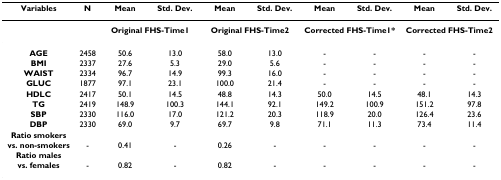
| Variables | N | Mean | Std. Dev. | Mean | Std. Dev. | Mean | Std. Dev. | Mean | Std. Dev. |
 | --- | --- | --- | --- | --- | --- | --- | --- | --- | --- |
 |  |  | <COLSPAN=2> Original FHS-Time1 | <COLSPAN=2> Original FHS-Time2 | <COLSPAN=2> Corrected FHS-Time1* | <COLSPAN=2> Corrected FHS-Time2 |
 | AGE | 2458 | 50.6 | 13.0 | 58.0 | 13.0 | - | - | - | - |
 | BMI | 2337 | 27.6 | 5.3 | 29.0 | 5.6 | - | - | - | - |
 | WAIST | 2334 | 96.7 | 14.9 | 99.3 | 16.0 | - | - | - | - |
 | GLUC | 1877 | 97.1 | 23.1 | 100.0 | 21.4 | - | - | - | - |
 | HDLC | 2417 | 50.1 | 14.5 | 48.8 | 14.3 | 50.0 | 14.5 | 48.1 | 14.3 |
 | TG | 2419 | 148.9 | 100.3 | 144.1 | 92.1 | 149.2 | 100.9 | 151.2 | 97.8 |
 | SBP | 2330 | 116.0 | 17.0 | 121.2 | 20.3 | 118.9 | 20.0 | 126.4 | 23.6 |
 | DBP | 2330 | 69.0 | 9.7 | 69.7 | 9.8 | 71.1 | 11.3 | 73.4 | 11.4 |
 | Ratio smokers |  |  |  |  |  |  |  |  |  |
 | vs. non-smokers | - | 0.41 | - | 0.26 | - | - | - | - | - |
 | Ratio males |  |  |  |  |  |  |  |  |  |
 | vs. females | - | 0.82 | - | 0.82 | - | - | - | - | - |